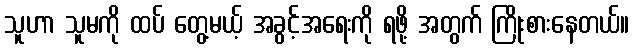
သူဟာ သူမကို ထပ် တွေ့မယ့် အခွင့်အရေးကို ရဖို့ အတွက် ကြိုးစားနေတယ်။